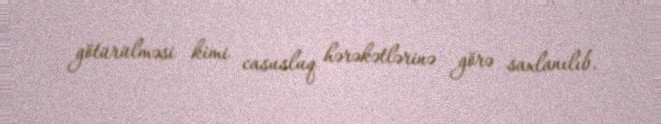
götürülməsi kimi casusluq hərəkətlərinə görə saxlanılıb.